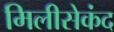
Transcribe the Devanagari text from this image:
मिलीसेकंद